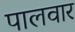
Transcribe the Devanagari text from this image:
पालवार